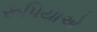
રૂપિયાએ